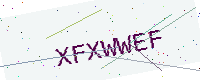
Text: XFXWWEF